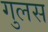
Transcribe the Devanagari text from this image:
गुलस